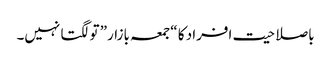
باصلاحیت افراد کا “جمعہ بازار” تو لگتا نہیں۔